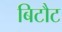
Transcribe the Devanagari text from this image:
बिटौट